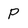
Character: p